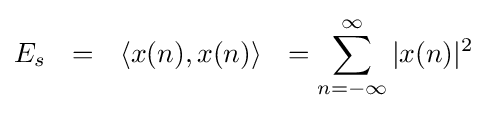
E_{s}\ \ =\ \ \langle x(n),x(n)\rangle \ \ =\sum _{n=-\infty }^{\infty }{|x(n)|^{2}}